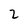
Character: 2